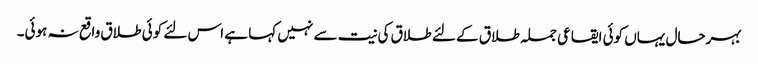
بہرحال یہاں کوئی ایقاعی جملہ طلاق کے لئے طلاق کی نیت سے نہیں کہا ہے اس لئے کوئی طلاق واقع نہ ہوئی۔